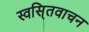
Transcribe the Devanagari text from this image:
स्वसि्तवाचन